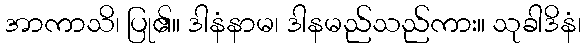
အာကာသိ၊ ပြု၏။ ဒါနံနာမ၊ ဒါနမည်သည်ကား။ သုခါဒိနံ၊